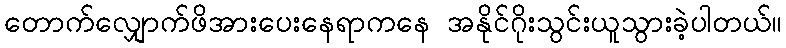
တောက်လျှောက်ဖိအားပေးနေရာကနေ အနိုင်ဂိုးသွင်းယူသွားခဲ့ပါတယ်။